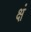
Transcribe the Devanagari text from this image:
क्षं